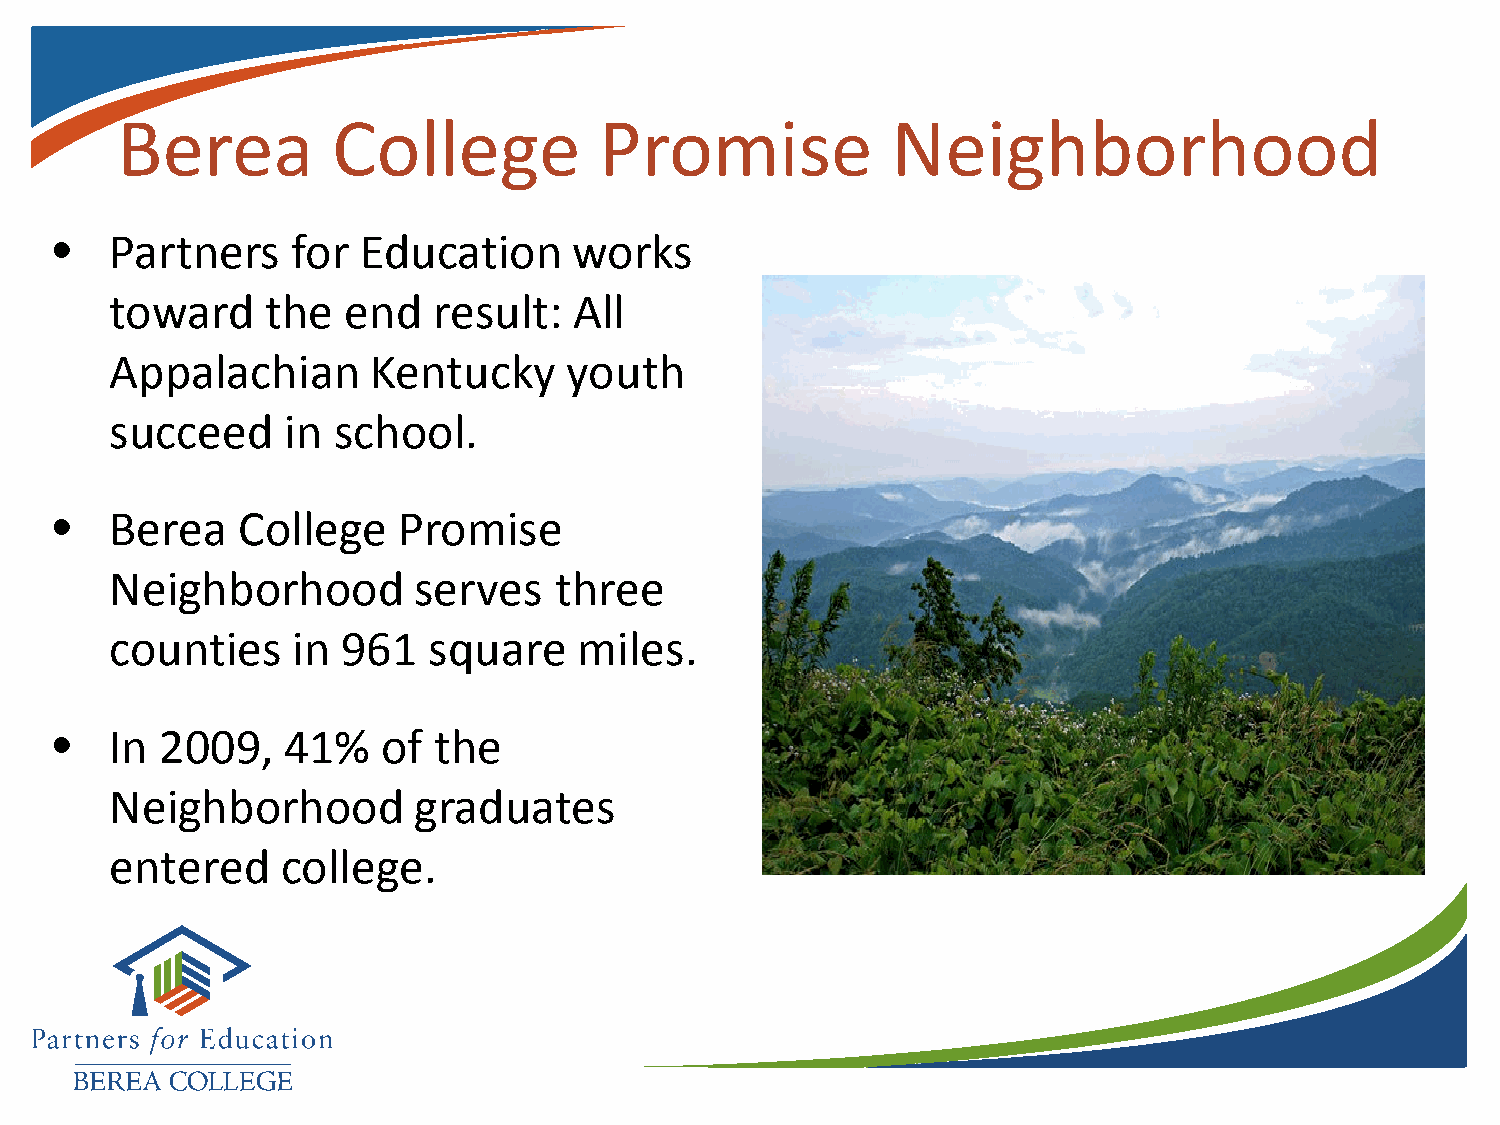
Berea         College           Promise            Neighborhood
 •   Partners    for  Education     works
 toward     the  end   result:  All
 Appalachian      Kentucky      youth
 succeed     in school.
 •   Berea    College   Promise
 Neighborhood        serves    three
 counties    in  961  square    miles.
 •   In  2009,   41%   of  the
 Neighborhood        graduates
 entered     college.